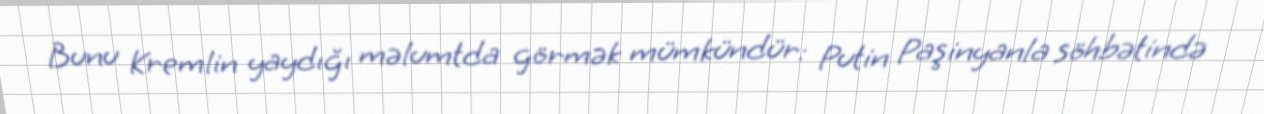
Bunu Kremlin yaydığı məlumtda görmək mümkündür: Putin Paşinyanla söhbətində